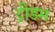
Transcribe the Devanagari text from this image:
ट्रीडम